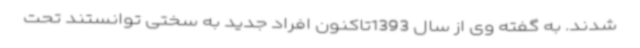
شدند. به گفته وی از سال 1393تاکنون افراد جدید به سختی توانستند تحت